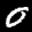
Label: 0